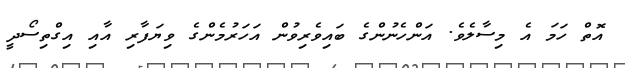
އޮތް ހަމަ އެ މިސާލެވެ. އަންހެނުންގެ ބައިވެރިވުން އަހަރުމެންގެ ވިޔަފާރި އާއި އިގްތިސޯދީ